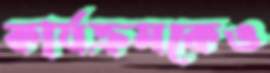
কার্যক্রমকেও